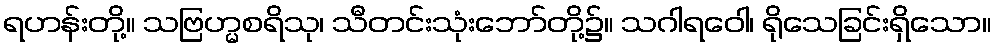
ရဟန်းတို့။ သဗြဟ္မစရိသု၊ သီတင်းသုံးဘော်တို့၌။ သဂါရဝေါ၊ ရိုသေခြင်းရှိသော။